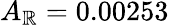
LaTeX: A_{\mathbb{R}}=0.00253